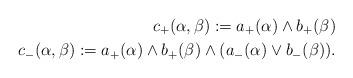
LaTeX: \begin{align*}c_+(\alpha,\beta):=a_+(\alpha)\wedge b_+(\beta) \\c_-(\alpha,\beta):=a_+(\alpha)\wedge b_+(\beta)\wedge (a_-(\alpha)\vee b_-(\beta)).\end{align*}